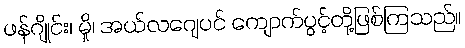
ဖန်ဂျိုင်း၊ မှို၊ အယ်လဂျေပင် ကျောက်ပွင့်တို့ဖြစ်ကြသည်။